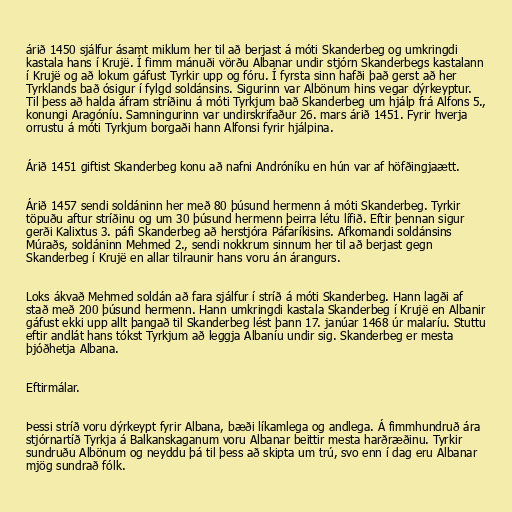
árið 1450 sjálfur ásamt miklum her til að berjast á móti Skanderbeg og umkringdi
kastala hans í Krujë. Í fimm mánuði vörðu Albanar undir stjórn Skanderbegs kastalann
í Krujë og að lokum gáfust Tyrkir upp og fóru. Í fyrsta sinn hafði það gerst að her
Tyrklands bað ósigur í fylgd soldánsins. Sigurinn var Albönum hins vegar dýrkeyptur.
Til þess að halda áfram stríðinu á móti Tyrkjum bað Skanderbeg um hjálp frá Alfons 5.,
konungi Aragóníu. Samningurinn var undirskrifaður 26. mars árið 1451. Fyrir hverja
orrustu á móti Tyrkjum borgaði hann Alfonsi fyrir hjálpina.

Árið 1451 giftist Skanderbeg konu að nafni Andróníku en hún var af höfðingjaætt.

Árið 1457 sendi soldáninn her með 80 þúsund hermenn á móti Skanderbeg. Tyrkir
töpuðu aftur stríðinu og um 30 þúsund hermenn þeirra létu lífið. Eftir þennan sigur
gerði Kalixtus 3. páfi Skanderbeg að herstjóra Páfaríkisins. Afkomandi soldánsins
Múraðs, soldáninn Mehmed 2., sendi nokkrum sinnum her til að berjast gegn
Skanderbeg í Krujë en allar tilraunir hans voru án árangurs.

Loks ákvað Mehmed soldán að fara sjálfur í stríð á móti Skanderbeg. Hann lagði af
stað með 200 þúsund hermenn. Hann umkringdi kastala Skanderbeg í Krujë en Albanir
gáfust ekki upp allt þangað til Skanderbeg lést þann 17. janúar 1468 úr malaríu. Stuttu
eftir andlát hans tókst Tyrkjum að leggja Albaníu undir sig. Skanderbeg er mesta
þjóðhetja Albana.

Eftirmálar.

Þessi stríð voru dýrkeypt fyrir Albana, bæði líkamlega og andlega. Á fimmhundruð ára
stjórnartíð Tyrkja á Balkanskaganum voru Albanar beittir mesta harðræðinu. Tyrkir
sundruðu Albönum og neyddu þá til þess að skipta um trú, svo enn í dag eru Albanar
mjög sundrað fólk.